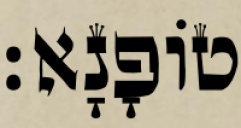
טוֹפָנָא׃